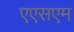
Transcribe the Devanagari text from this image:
एएसएम